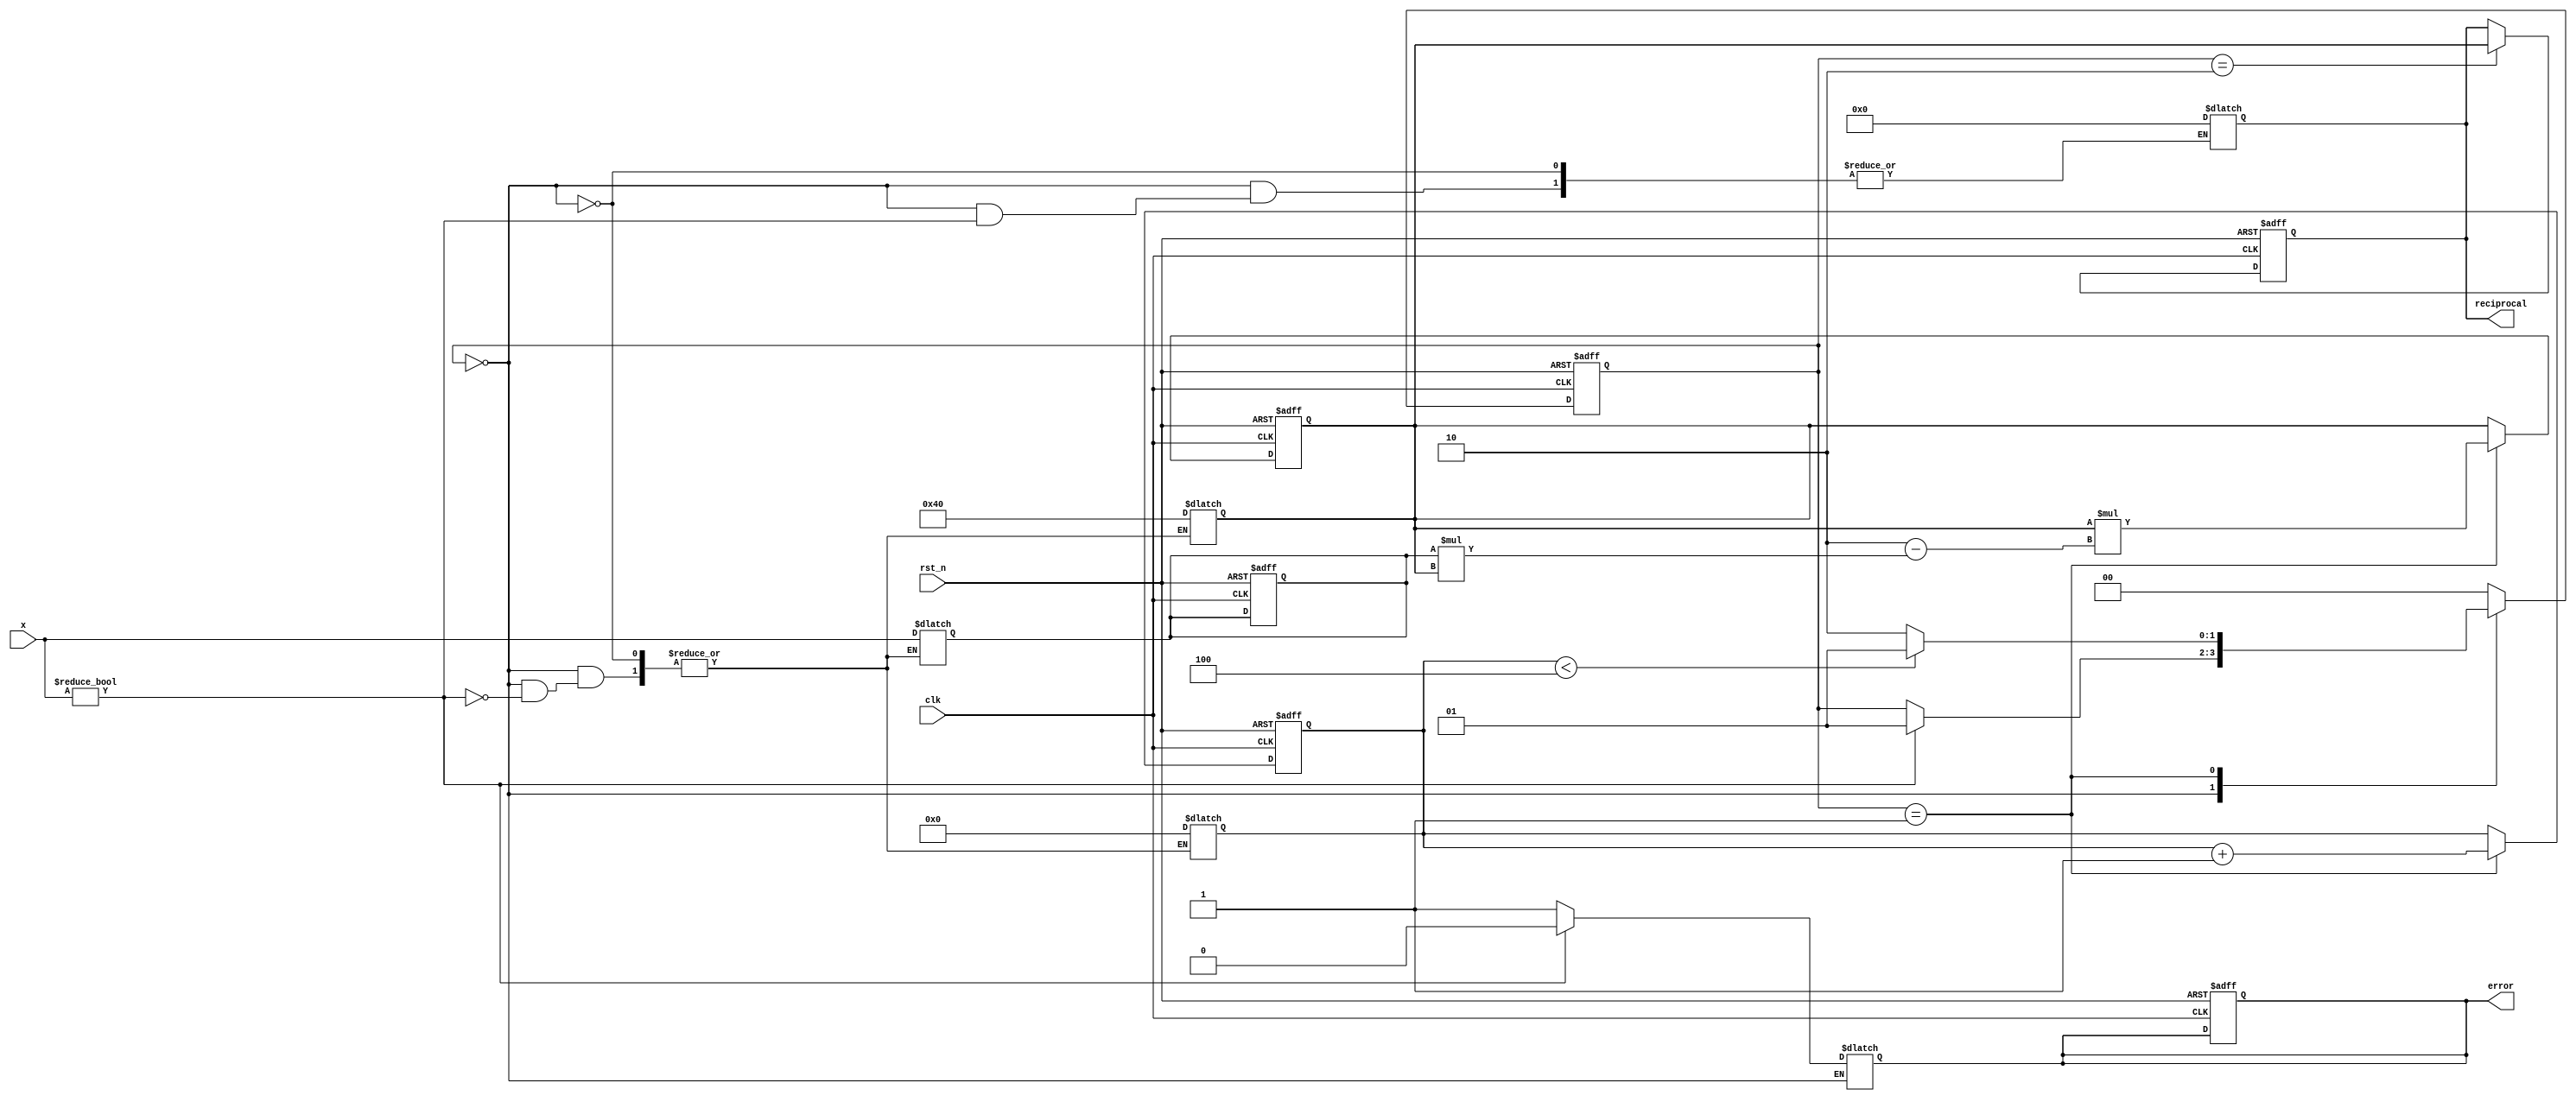
module binary_fractional_reciprocal #(
    parameter N = 8  // Parameter for bit-width
)(
    input wire clk,                    // Clock signal
    input wire rst_n,                  // Asynchronous reset signal (active low)
    input wire [N-1:0] x,              // Input binary fractional number
    output reg [N-1:0] reciprocal,     // Output binary fractional reciprocal
    output reg error                   // Error signal for invalid input
);
    // Internal signals
    reg [N-1:0] x_reg;
    reg [N-1:0] approx;                // Approximation of the reciprocal
    reg [3:0] iteration_count;         // Counter for iterations
    reg computing;                     // State to indicate computing state

    // State machine states
    localparam IDLE = 2'b00, COMPUTE = 2'b01, DONE = 2'b10;
    reg [1:0] state, next_state;

    // Initialize output and internal registers
    always @(posedge clk or negedge rst_n) begin
        if (!rst_n) begin
            reciprocal <= 0;
            error <= 0;
            x_reg <= 0;
            approx <= 0;
            iteration_count <= 0;
            state <= IDLE;
        end else begin
            state <= next_state;
            if (state == COMPUTE) begin
                // Update approximation using Newton-Raphson
                approx <= approx * (2'b10 - x_reg * approx); // approx = approx * (2 - x * approx)
                iteration_count <= iteration_count + 1;
            end
            if (state == DONE) begin
                reciprocal <= approx;
            end
        end
    end

    // State transition and output logic
    always @(*) begin
        next_state = state;
        case (state)
            IDLE: begin
                if (x != 0) begin
                    x_reg = x; // Normalize input
                    approx = {1'b0, 1'b1, {N-2{1'b0}}}; // Initial guess for reciprocal (1.0)
                    iteration_count = 0;
                    next_state = COMPUTE;
                    error = 0; // No error
                end else begin
                    error = 1; // Signal error for zero input
                    reciprocal = 0; // Output zero if error
                end
            end
            COMPUTE: begin
                if (iteration_count < 4) begin // Limit iterations to 4 for convergence
                    next_state = COMPUTE;
                end else begin
                    next_state = DONE; // Move to DONE state after iterations
                end
            end
            DONE: begin
                next_state = IDLE; // Return to IDLE state after completion
            end
            default: begin
                next_state = IDLE; // Default case to avoid latches
            end
        endcase
    end

endmodule